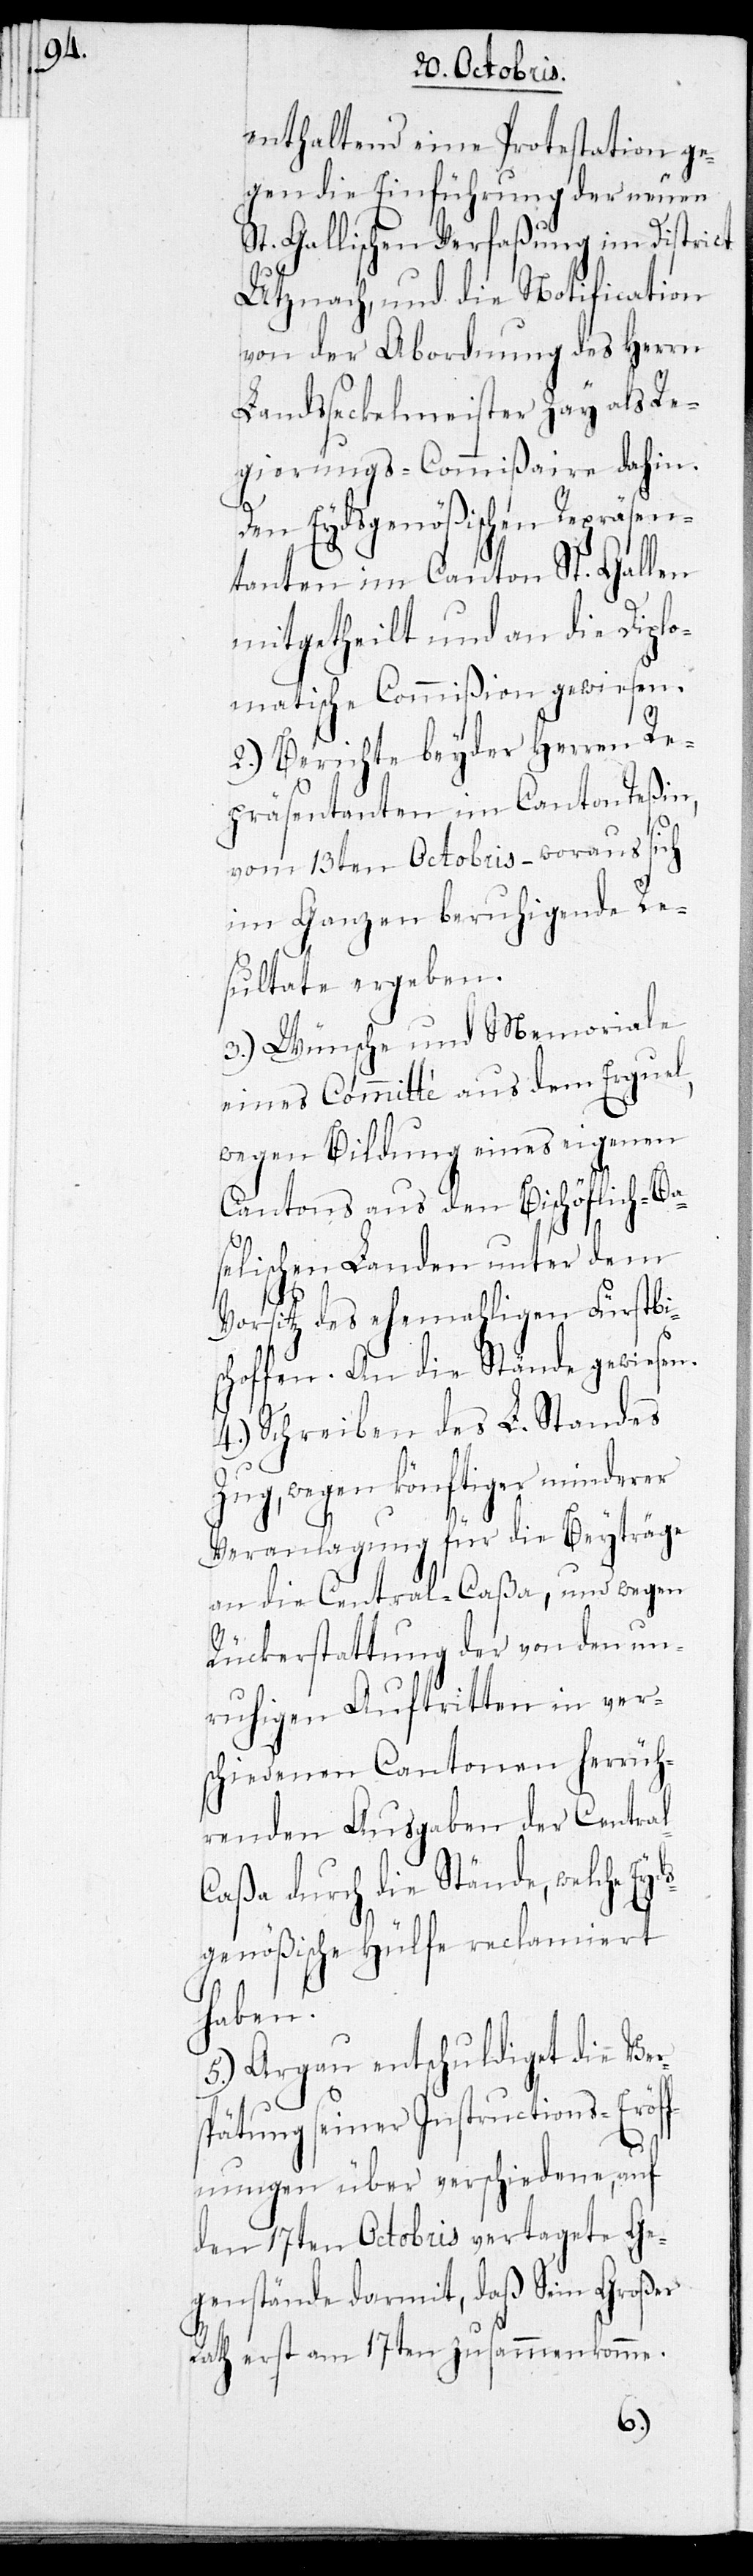
sc¬

enthaltend eine Protestation ge¬
gen die Einführung der neuen
St. Gallischen Verfaßung im District
Utznach, und die Notification
von der Abordnung des Herrn
Landsseckelmeister Zay als Re¬
gierungs-Commißaire dahin.
Den Eydsgenößischen Repräsen¬
tanten im Canton St. Gallen
mitgetheilt und an die Diplo¬
matische Commißion gewiesen.
2.) Berichte beyder Herren Re¬
präsentanten im Canton Teßin,
vom 13ten Octobris – woraus sich
im Ganzen beruhigende Re¬
sultate ergeben.
3.) Wünsche und Memoriale
eines Comitté aus dem Erguel,
wegen Bildung eines eigenen
Cantons aus den Bischöflich-Ba¬
selischen Landen unter dem
Vorsitz des ehemahligen Fürstbi¬
hoffen. An die Stände gewiesen.
4.) Schreiben des L. Standes
Zug, wegen könftiger minderer
Veranlagung für die Beyträge
an die Central-Caßa, und wegen
Rückerstattung der von den un¬
ruhigen Auftritten in ver¬
schiedenen Cantonen herrüh¬
renden Ausgaben der Centra¬
l-Caßa durch die Stände, welche Ey¬
dsgenößische Hülfe reclamiert
haben.
5.) Aargau entschuldiget die Ver¬
spätung seiner Instructions-Eröf¬
fnungen über verschiedene, auf
den 17ten Octobris vertagete Ge¬
genstände darmit, daß Sein Großer
Rath erst am 17ten zusammenkomme.